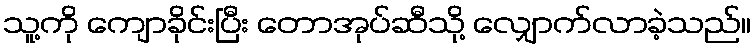
သူ့ကို ကျောခိုင်းပြီး တောအုပ်ဆီသို့ လျှောက်လာခဲ့သည်။